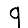
Digit: 9